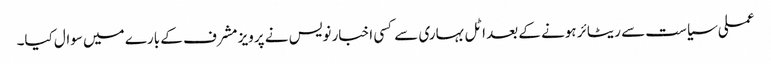
عملی سیاست سے ریٹائر ہونے کے بعد اٹل بہاری سے کسی اخبار نویس نے پرویز مشرف کے بارے میں سوال کیا۔